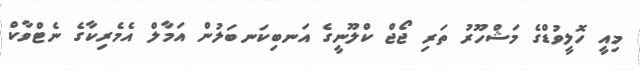
މިއީ ހޮލީވުޑްގެ މަޝްހޫރު ތަރި ޖޯޖް ކްލޫނީގެ އަނބިކަނބަލުން އަމާލް އެމެރިކާގެ ނެޓްވާކް